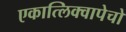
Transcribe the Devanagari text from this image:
एकात्लिक्वापेचो